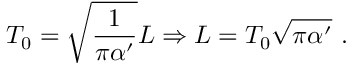
T _ { 0 } = \sqrt { \frac { 1 } { \pi \alpha ^ { \prime } } } L \Rightarrow L = T _ { 0 } \sqrt { \pi \alpha ^ { \prime } } \ .